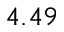
4 . 4 9